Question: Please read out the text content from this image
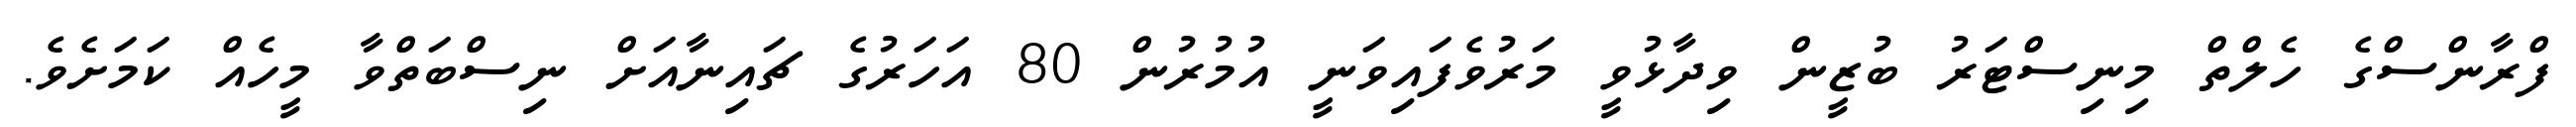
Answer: ފްރާންސްގެ ހެލްތް މިނިސްޓަރު ބުޒީން ވިދާޅުވީ މަރުވެފައިވަނީ އުމުރުން 80 އަހަރުގެ ޗައިނާއަށް ނިސްބަތްވާ މީހެއް ކަމަށެވެ.